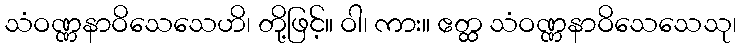
သံဝဏ္ဏနာဝိသေသေဟိ၊ တို့ဖြင့်။ ဝါ၊ ကား။ ဧတ္ထ သံဝဏ္ဏနာဝိသေသေသု၊